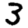
Digit: 3